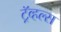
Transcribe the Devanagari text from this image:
ट्रॅव्हल्स